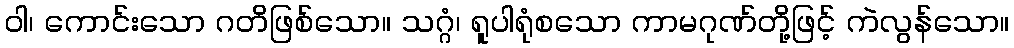
ဝါ၊ ကောင်းသော ဂတိဖြစ်သော။ သဂ္ဂံ၊ ရူပါရုံစသော ကာမဂုဏ်တို့ဖြင့် ကဲလွန်သော။